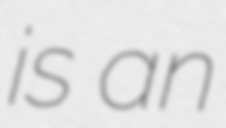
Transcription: is an